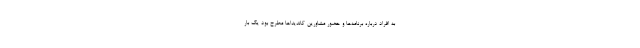
به افراد درباره برنامه‌ها و حضور مشاورین کاندیداها مطرح بود یک بار